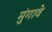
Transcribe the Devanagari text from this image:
मुंगावे